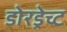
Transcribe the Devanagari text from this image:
डोरड्रेच्ट